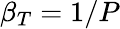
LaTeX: \beta_{T}=1/P